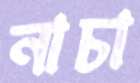
নাচা